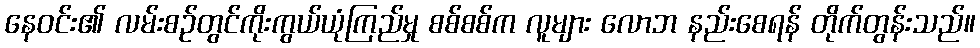
နေဝင်း၏ လမ်းစဉ်တွင်ကိုးကွယ်ယုံကြည်မှု စစ်စစ်က လူများ လောဘ နည်းစေရန် တိုက်တွန်းသည်။